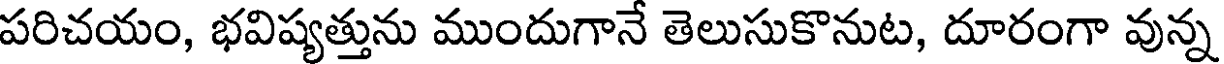
పరిచయం, భవిష్యత్తును ముందుగానే తెలుసుకొనుట, దూరంగా వున్న